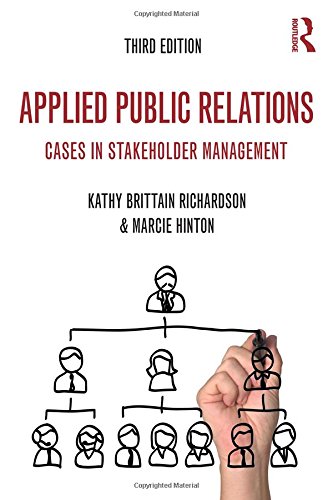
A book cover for Applied Public Relations: Cases in Stakeholder Management (Routledge Communication Series); Kathy Brittain Richardson; Business & Money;